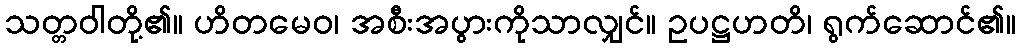
သတ္တဝါတို့၏။ ဟိတမေဝ၊ အစီးအပွားကိုသာလျှင်။ ဥပဋ္ဌဟတိ၊ ရွက်ဆောင်၏။